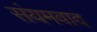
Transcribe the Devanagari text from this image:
संयमवाद